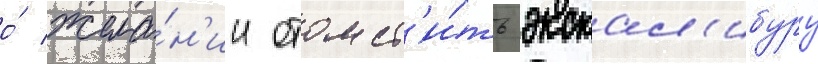
о́ жела́н'ии отомст'и́ть экскал'ибуру